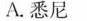
A.悉尼